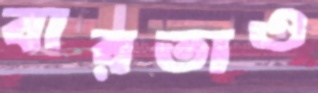
বারতাও